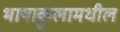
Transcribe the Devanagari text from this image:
भाषाकुलामधील